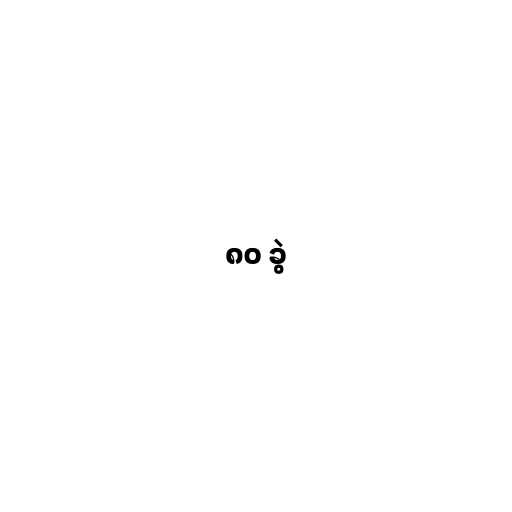
၈၀ ခွဲ